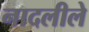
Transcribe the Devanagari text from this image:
नादलीले